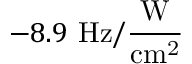
- 8 . 9 ~ \mathrm { H z / \frac { W } { c m ^ { 2 } } }